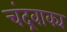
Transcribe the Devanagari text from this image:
चंद्रवाक्य